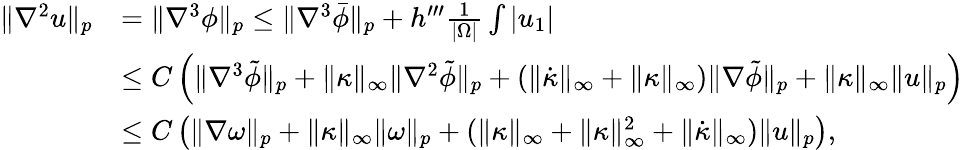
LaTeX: \begin{array}{rl}{\| \nabla^{2}u\| _{p}}&{=\| \nabla^{3}\phi\| _{p}\leq\| \nabla^{3}\bar{\phi}\| _{p}+h^{\prime\prime\prime}\frac{1}{|\Omega|}\int|u_{1}|}\\ &{\leq C\left(\| \nabla^{3}\tilde{\phi}\| _{p}+\| \kappa\| _{\infty}\| \nabla^{2}\tilde{\phi}\| _{p}+(\| \dot{\kappa}\| _{\infty}+\| \kappa\| _{\infty})\| \nabla\tilde{\phi}\| _{p}+\| \kappa\| _{\infty}\| u\| _{p}\right)}\\ &{\leq C\left(\| \nabla\omega\| _{p}+\| \kappa\| _{\infty}\| \omega\| _{p}+(\| \kappa\| _{\infty}+\| \kappa\| _{\infty}^{2}+\| \dot{\kappa}\| _{\infty})\| u\| _{p}\right),}\end{array}